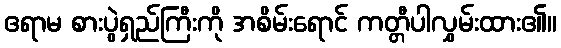
ဧရာမ စားပွဲရှည်ကြီးကို အစိမ်းရောင် ကတ္တီပါလွှမ်းထား၏။